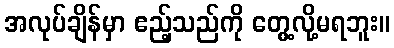
အလုပ်ချိန်မှာ ဧည့်သည်ကို တွေ့လို့မရဘူး။